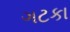
ગટકા